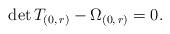
LaTeX: \begin{align*}\mathrm{det}\,T_{(0,\, r)}-\Omega_{(0,\,r)}=0.\end{align*}